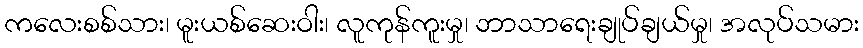
ကလေးစစ်သား၊ မူးယစ်ဆေးဝါး၊ လူကုန်ကူးမှု၊ ဘာသာရေးချုပ်ချယ်မှု၊ အလုပ်သမား